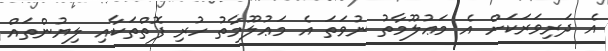
އެ ދަރިވަރަކަށް އެ މަޢުލޫމާތު ނުވަތަ އެ މަޢުލޫމާތު ހުރި ފޮތްތަކާއި ލިޔުންތައް